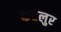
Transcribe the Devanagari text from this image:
कहलुर